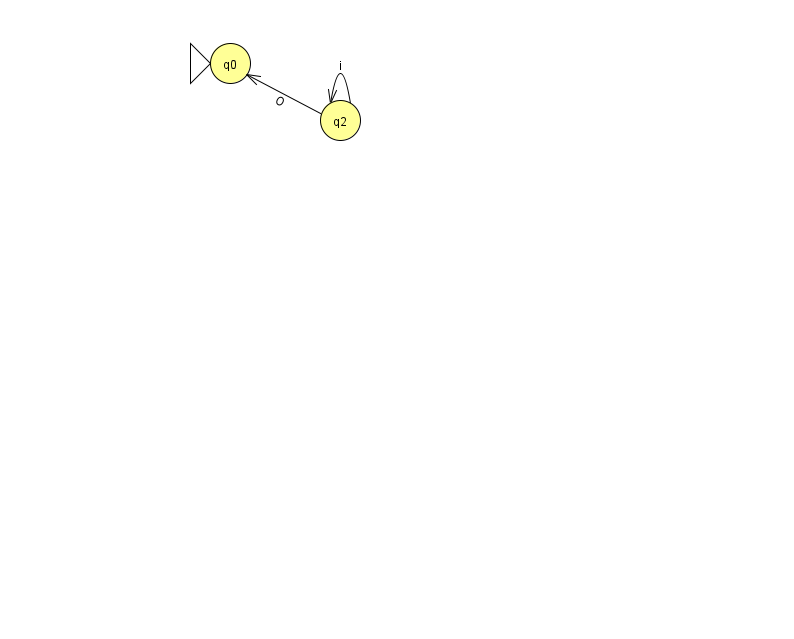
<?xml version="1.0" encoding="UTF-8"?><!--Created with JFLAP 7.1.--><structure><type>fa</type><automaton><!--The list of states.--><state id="0" name="q0"><x>230.0</x><y>50.0</y><initial/></state><state id="2" name="q2"><x>340.0</x><y>107.0</y></state><!--The list of transitions.--><transition><from>2</from><to>0</to><read>O</read></transition><transition><from>2</from><to>2</to><read>i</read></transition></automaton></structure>